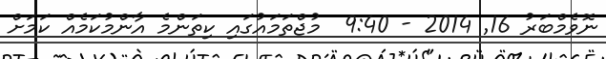
ނޮވެމްބަރު 16